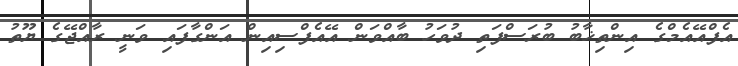
އެފްއޭއެމްގެ އިންތިޚާބު ބުރަސްފަތި ދުވަހު ބާއްވަން އޭއެފްސިއިން އަންގާފައި ވަނީ ރާއްޖޭގެ ޔޫތު